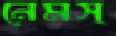
নেমস্